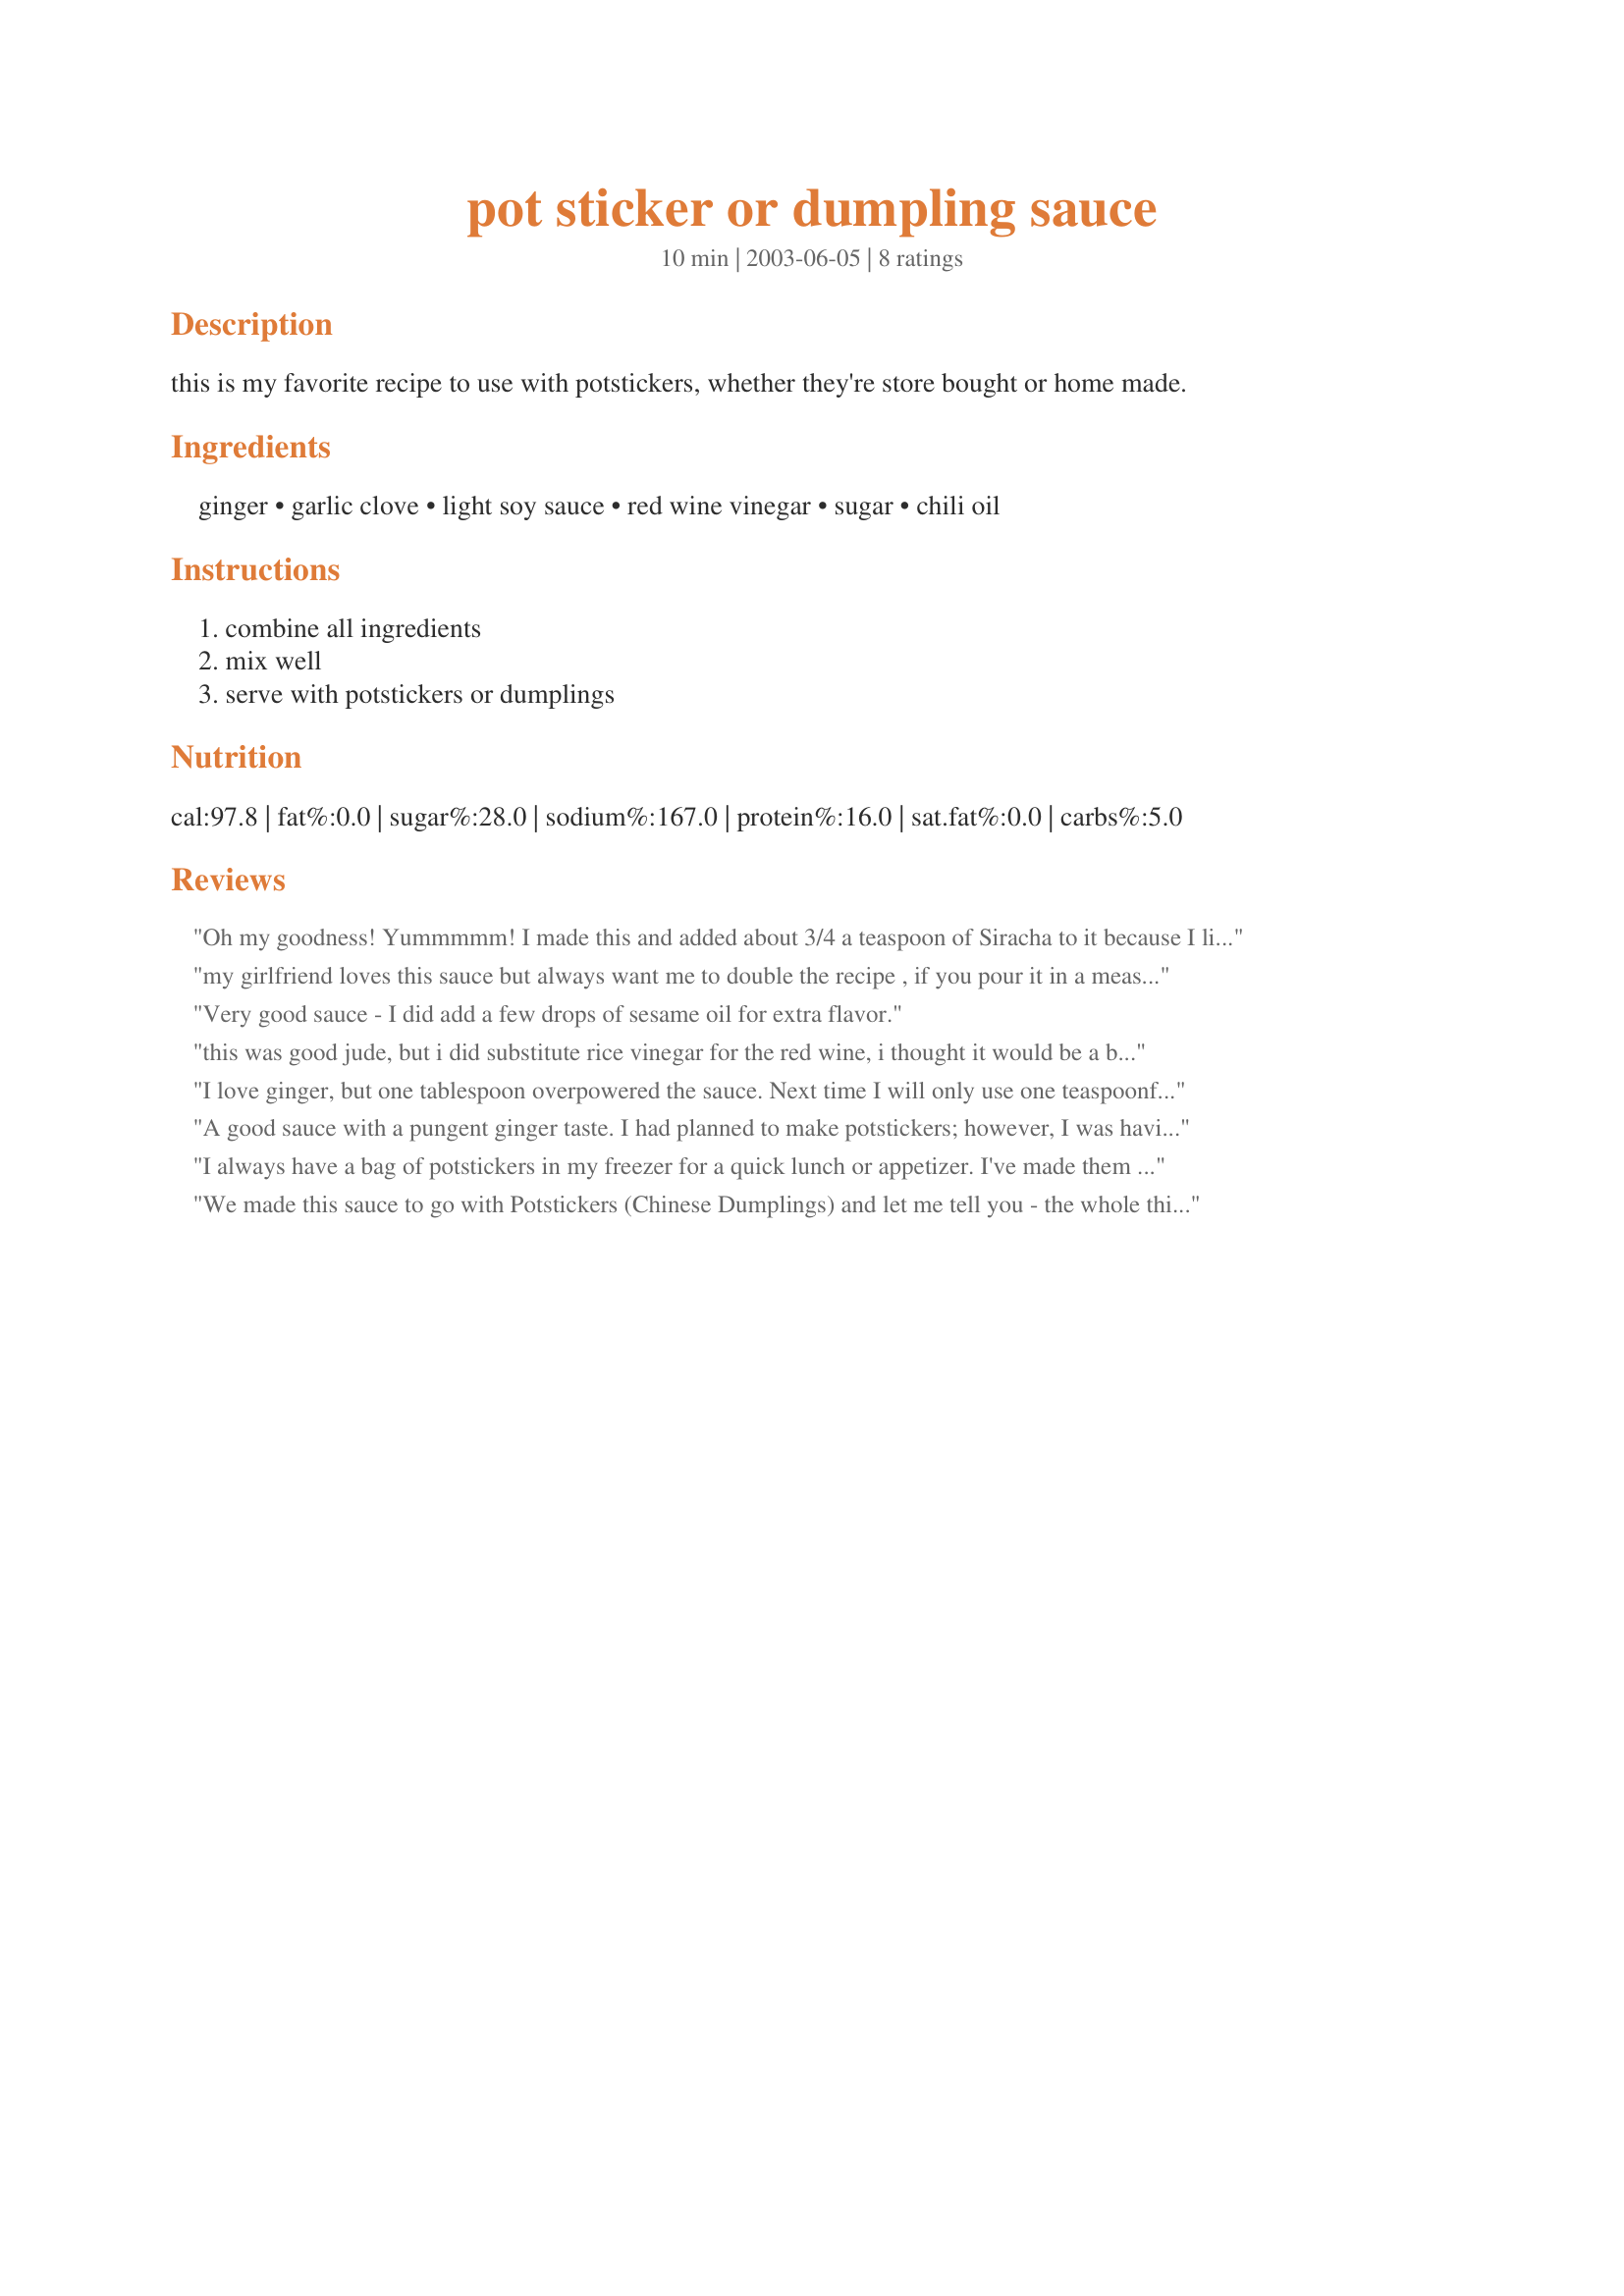
pot sticker or dumpling sauce
Preparation time: 10 minutes

this is my favorite recipe to use with potstickers, whether they're store bought or home made.

Ingredients:
ginger, garlic clove, light soy sauce, red wine vinegar, sugar, chili oil

Steps:
combine all ingredients, mix well, serve with potstickers or dumplings

Reviews:
Oh my goodness! Yummmmm! I made this and added about 3/4 a teaspoon of Siracha to it because I like it a little bit spicy. Everytime we go to the restaurant PF Changs we get their spicy green beans and ask for extra of the sauce for them on the side and we pour it on the rest of our food. After adding the Siracha to it it tastes exactly like that and the ginger didn&#039;t seem as strong with a little kick to it. I&#039;ve been making Asian food almost every day since finding this 4 days ago because I can&#039;t get enough of it. So far I&#039;ve tried it with pot stickers, egg rolls, fried rice, spicy green beans and broccoli. LOVE LOVE LOVE it! &lt;br/&gt;&lt;br/&gt;Oh, and grating the ginger with a zester grater makes it less strong if you get a piece rather than just mincing it.
my girlfriend loves this sauce but always want me to double the recipe , if you pour it in a measuring cup you will find if you double the recipe you get 1/2 a cup so the original only yields 1/4 cup
Very good sauce - I did add a few drops of sesame oil for extra flavor.
this was good jude, but i did substitute rice vinegar for the red wine, i thought it would be a bit more asian, lol. i also added a tsp of sesame oil-- my potstickers were frozen and steamed, this was a neat appetizer for an asian meal
I love ginger, but one tablespoon overpowered the sauce. Next time I will only use one teaspoonful. I also substituted rice wine vinegar for the red wine vinegar, and added half of a sliced scallion.
A good sauce with a pungent ginger taste. I had planned to make potstickers; however, I was having 2-pounds stir-fried shrimp that night and used it to season the shrimp during the last minutes of cooking. It was just the right amount to lightly coat the shrimp, and DH thought it was wonderful, but a little strong on ginger. So I'll use a little less next time. I think this would certainly be good on potstickers.
I always have a bag of potstickers in my freezer for a quick lunch or appetizer. I've made them for my husband several times, always serving the sauce that comes with them on the side. He's never been a fan.

This time I didn't have any of the sauce left so I made this recipe. It was great! The best part was that my husband chowed down on the potstickers (maybe not the best part since they were supposed to be my lunch and he was supposed to have something else) - but the point is that with this sauce, he's suddenly become a potsticker fan. 

I didn't find it too 'gingery' like other reviewers, but then again we enjoy the flavor of ginger. Thanks for the great recipe!
We made this sauce to go with <a href="/98345">Potstickers (Chinese Dumplings)</a> and let me tell you - the whole thing was a hit!
We also used Rice Wine instead as we aren't red wine drinkers, and it was fabulous! Almost identical to the sauce at the restaurant, only I think this one is even better!
Delicious! Thanks for sharing!
